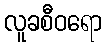
လူခစီဝရော